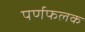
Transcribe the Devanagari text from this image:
पर्णफलक